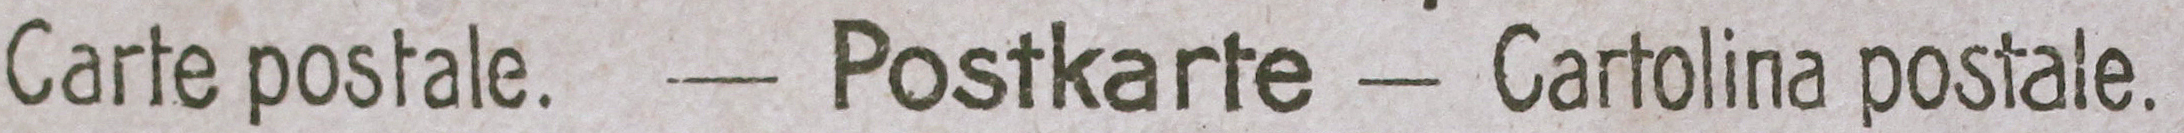
Carte postale. -Postkarte-Cartolina postale